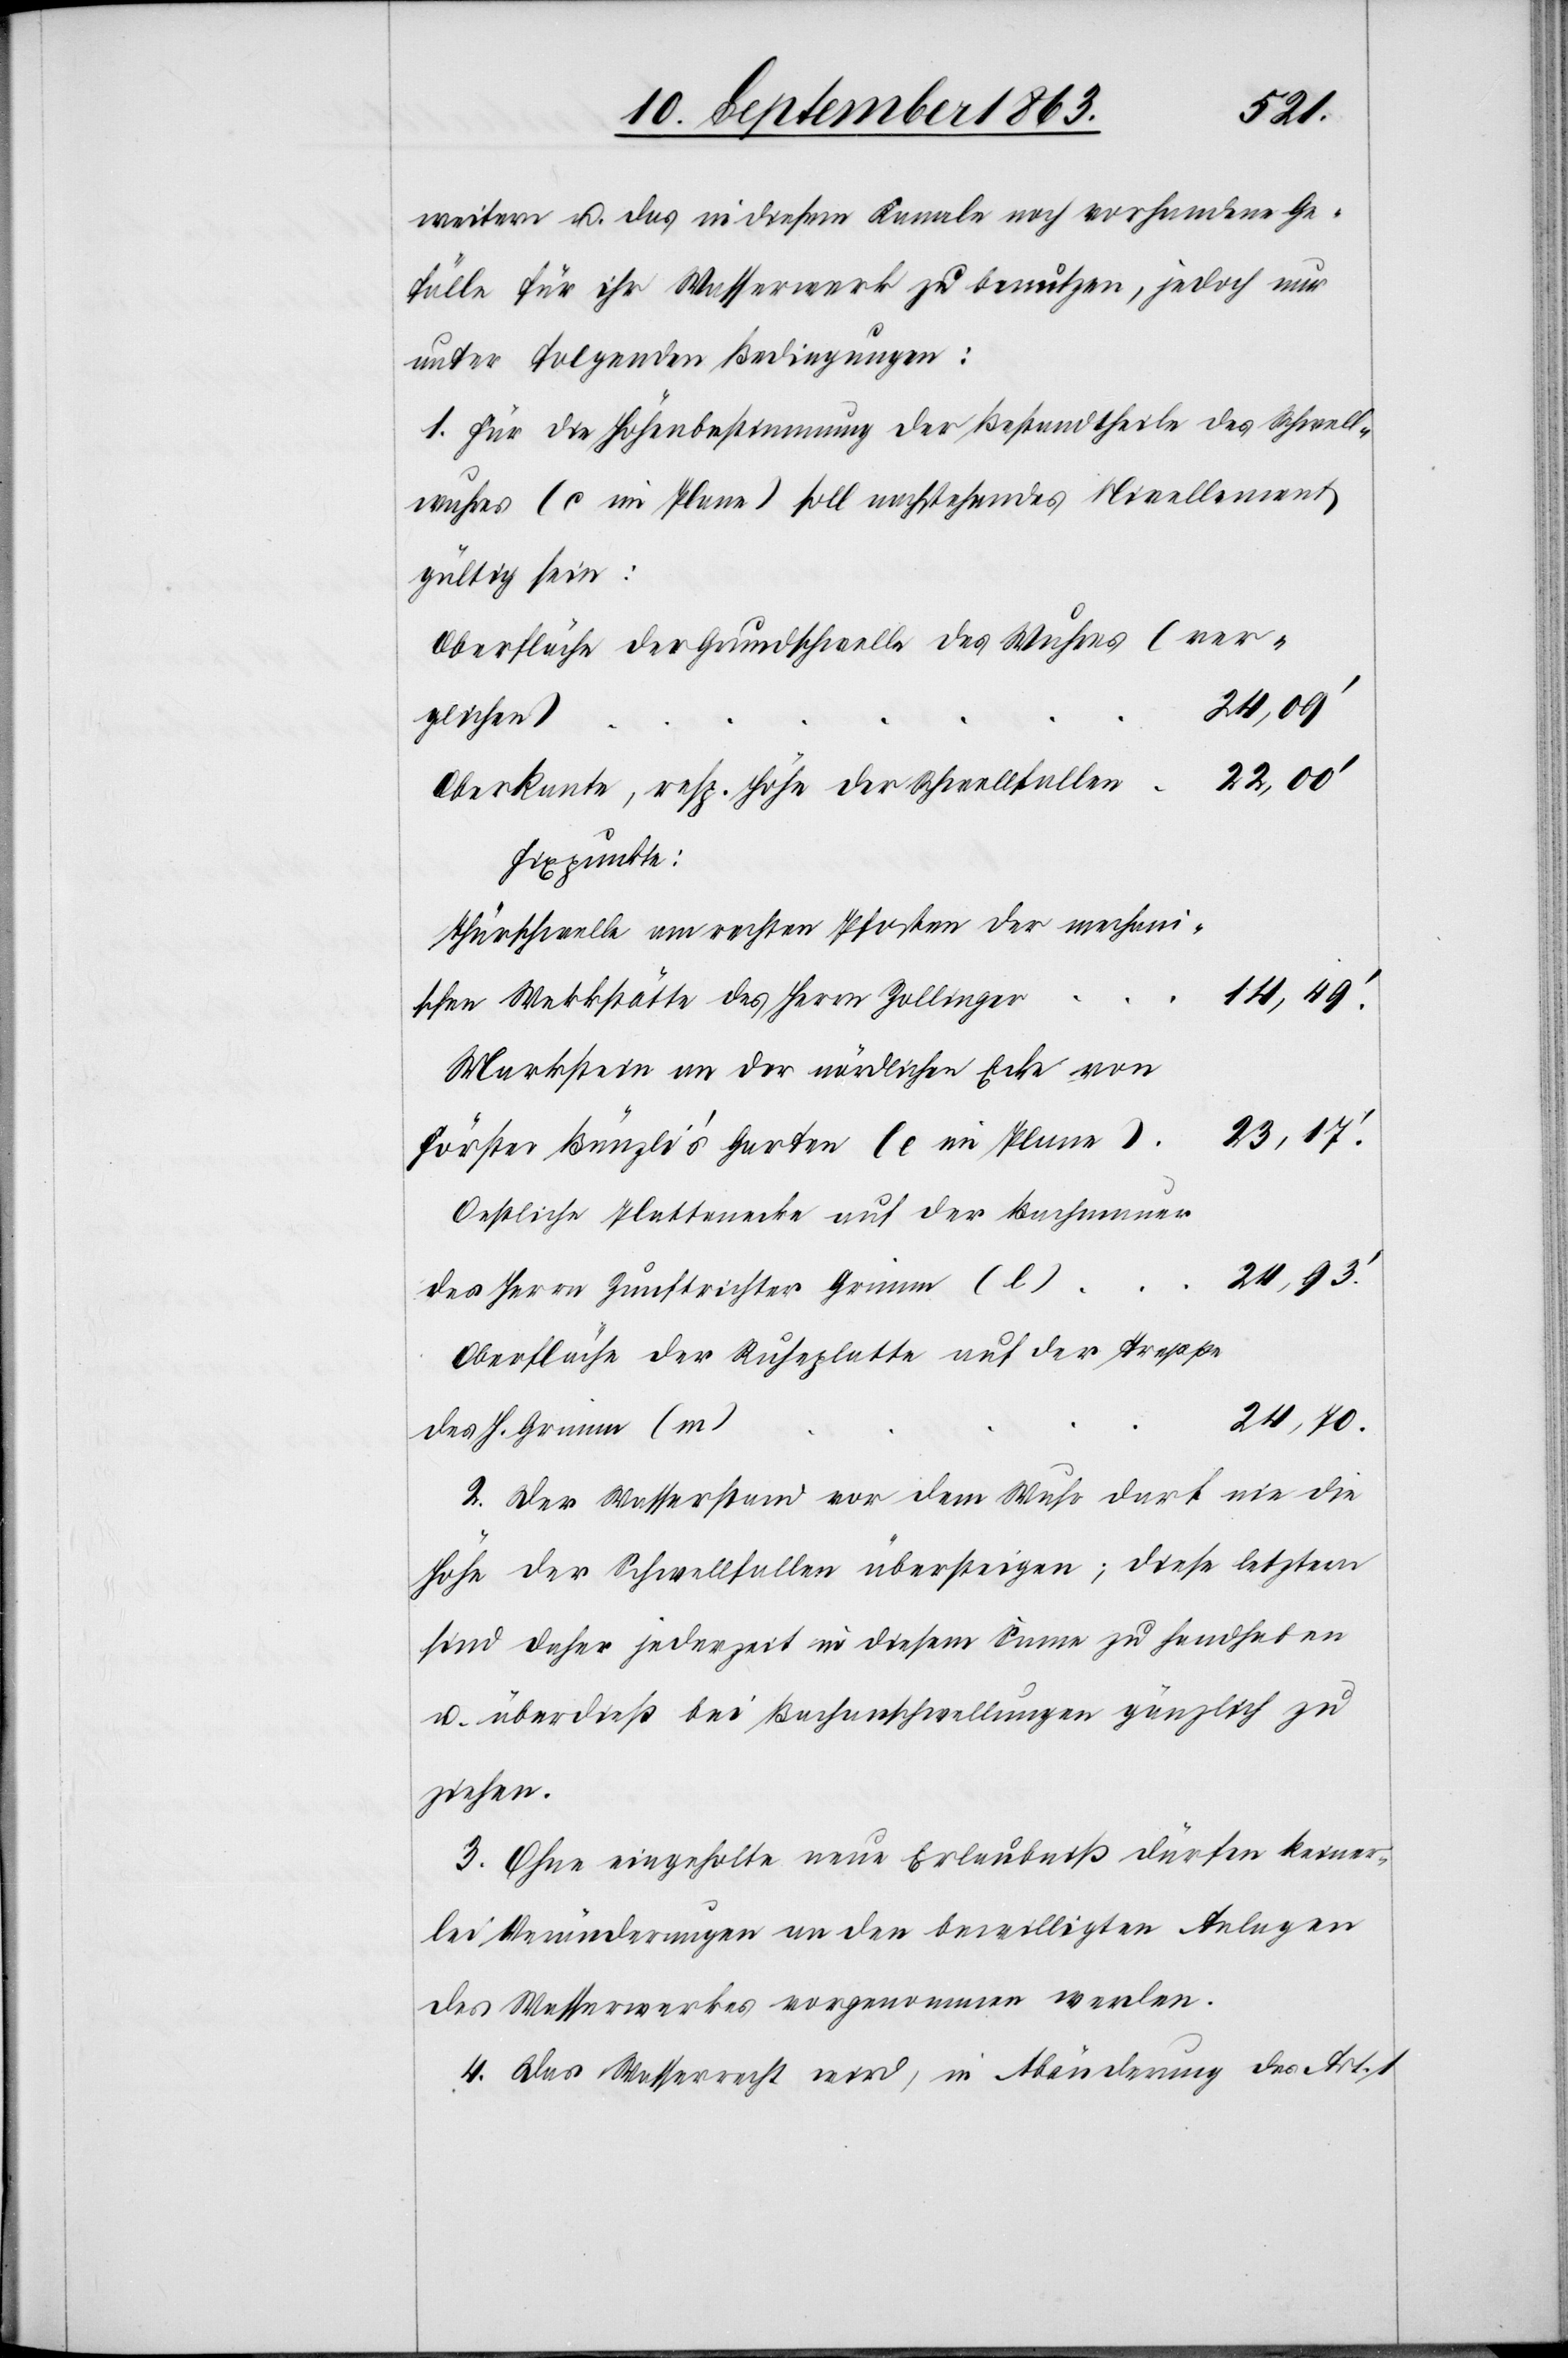
weitern u. das in diesem Kanale noch vorhandene Ge¬
fälle für ihr Wasserwerk zu benutzen, jedoch nur
unter folgenden Bedingungen:
Oberfläche der Grundschwelle des Wuhres (ver¬
22,00'
glichen)
Oberkante, resp. Höhe der Schwellfallen
Fixpunkte:
Thürschwelle am rechten Pfosten der mechani¬
14,49'.
schen Werkstätte des Herrn Zollinger
Markstein an der nördlichen Ecke von
Förster Bünzli's Garten (e im Plane).
Oestliche Plattenecke auf der Bachmauer
des Herrn Zunftrichter Grimm (l)
Oberfläche der Ruheplatte auf der Treppe
24,70.
des H. Grimm (m)
2. Der Wasserstand vor dem Wuhr darf nie die
Höhe der Schwellfallen übersteigen; diese letztern
sind daher jederzeit in diesem Sinne zu handhaben
u. überdieß bei Bachanschwellungen gänzlich zu
ziehen.
3. Ohne eingeholte neue Erlaubniß dürfen keiner¬
lei Veränderungen an den bewilligten Anlagen
des Wasserwerkes vorgenommen werden.
4. Das Wasserrecht wird, in Abänderung des Art. 1